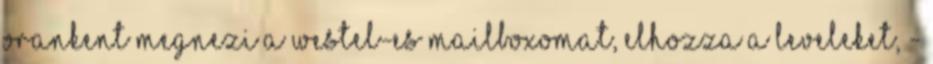
orankent megnezi a Westel-es mailboxomat, elhozza a leveleket, -